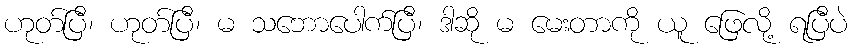
ဟုတ်ပြီ၊ ဟုတ်ပြီ၊ မ သဘောပေါက်ပြီ၊ ဒါဆို မ မေးတာကို ယူ ဖြေလို့ ရပြီပဲ